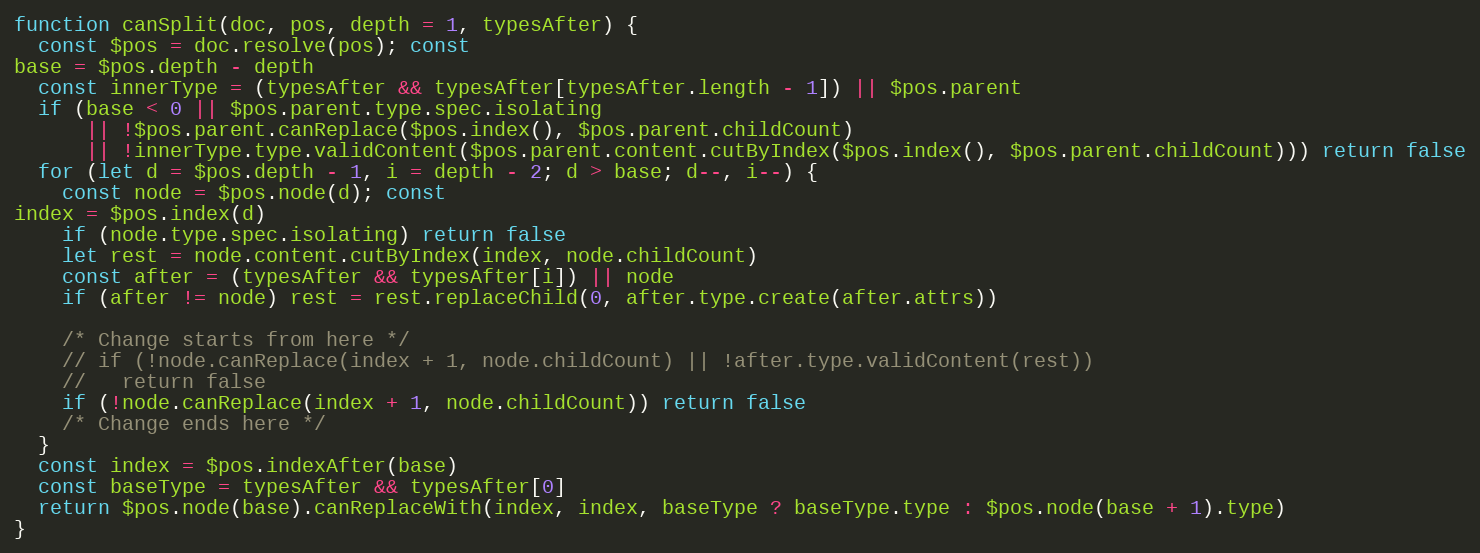
Language: JavaScript
function canSplit(doc, pos, depth = 1, typesAfter) {
  const $pos = doc.resolve(pos); const
base = $pos.depth - depth
  const innerType = (typesAfter && typesAfter[typesAfter.length - 1]) || $pos.parent
  if (base < 0 || $pos.parent.type.spec.isolating
      || !$pos.parent.canReplace($pos.index(), $pos.parent.childCount)
      || !innerType.type.validContent($pos.parent.content.cutByIndex($pos.index(), $pos.parent.childCount))) return false
  for (let d = $pos.depth - 1, i = depth - 2; d > base; d--, i--) {
    const node = $pos.node(d); const
index = $pos.index(d)
    if (node.type.spec.isolating) return false
    let rest = node.content.cutByIndex(index, node.childCount)
    const after = (typesAfter && typesAfter[i]) || node
    if (after != node) rest = rest.replaceChild(0, after.type.create(after.attrs))

    /* Change starts from here */
    // if (!node.canReplace(index + 1, node.childCount) || !after.type.validContent(rest))
    //   return false
    if (!node.canReplace(index + 1, node.childCount)) return false
    /* Change ends here */
  }
  const index = $pos.indexAfter(base)
  const baseType = typesAfter && typesAfter[0]
  return $pos.node(base).canReplaceWith(index, index, baseType ? baseType.type : $pos.node(base + 1).type)
}